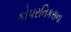
કોપરનિકસના